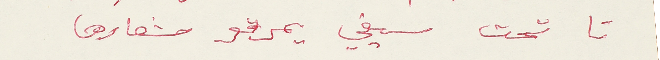
تا تحت سيفي يمرقو شعارها